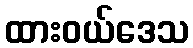
ထားဝယ်ဒေသ